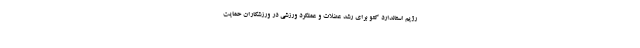
رژیم استاندارد کتو برای رشد عضلات و عملکرد ورزشی در ورزشکاران حمایت